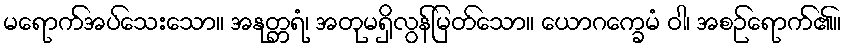
မရောက်အပ်သေးသော။ အနုတ္တရံ၊ အတုမရှိလွန်မြတ်သော။ ယောဂက္ခေမံ ဝါ၊ အစဉ်ရောက်၏။